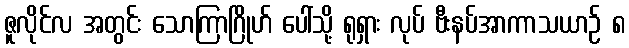
ဇူလိုင်လ အတွင်း သောကြာဂြိုဟ် ပေါ်သို့ ရုရှား လုပ် ဗီးနပ်အာကာသယာဉ် ၈